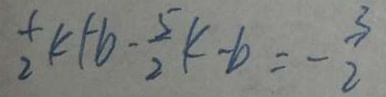
\frac { 1 } { 2 } k + b - \frac { 5 } { 2 } k - b = - \frac { 3 } { 2 }